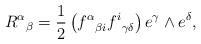
LaTeX: \begin{align*}{R^\alpha}_\beta ={1\over 2} \left({f^\alpha}_{\beta i}{f^i}_{\gamma\delta}\right)e^\gamma\wedge e^\delta,\end{align*}